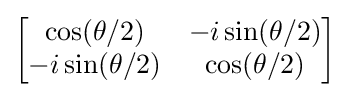
{\begin{bmatrix}\cos(\theta /2)&-i\sin(\theta /2)\\-i\sin(\theta /2)&\cos(\theta /2)\end{bmatrix}}